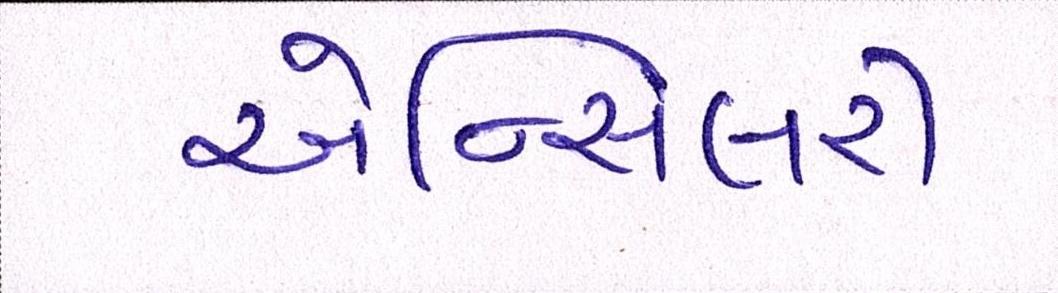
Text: એન્સિલરી